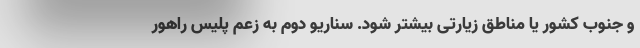
و جنوب کشور یا مناطق زیارتی بیشتر شود. سناریو دوم به زعم پلیس راهور